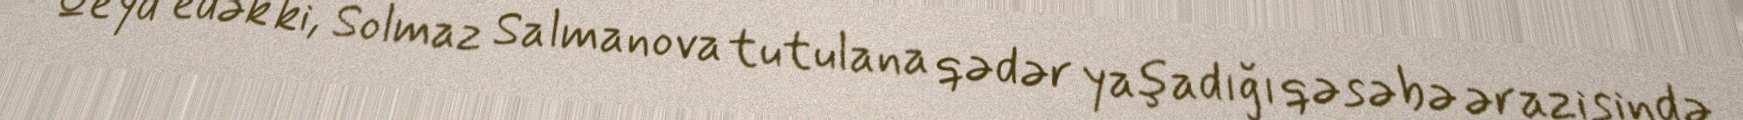
Qeyd edək ki, Solmaz Salmanova tutulana qədər yaşadığı qəsəbə ərazisində